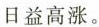
日益高涨。